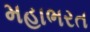
મહાભરત